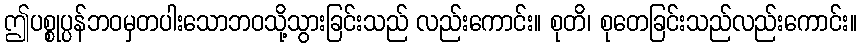
ဤပစ္စုပ္ပန်ဘဝမှတပါးသောဘဝသို့သွားခြင်းသည် လည်းကောင်း။ စုတိ၊ စုတေခြင်းသည်လည်းကောင်း။